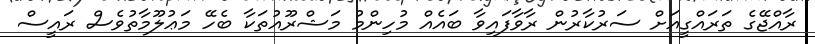
ރާއްޖޭގެ ތަރައްގީއަށް ސަރުކާރުން ރާވާފައިވާ ބައެއް މުހިންމު މަޝްރޫއުތަކާ ބެހޭ މަޢުލޫމާތުވެސް ރައީސް